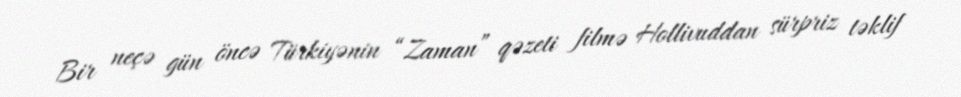
Bir neçə gün öncə Türkiyənin “Zaman” qəzeti filmə Hollivuddan sürpriz təklif